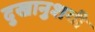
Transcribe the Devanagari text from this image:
दुखानुशयी